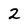
Character: 2